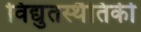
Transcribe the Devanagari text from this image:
विद्युतस्थैतिकी